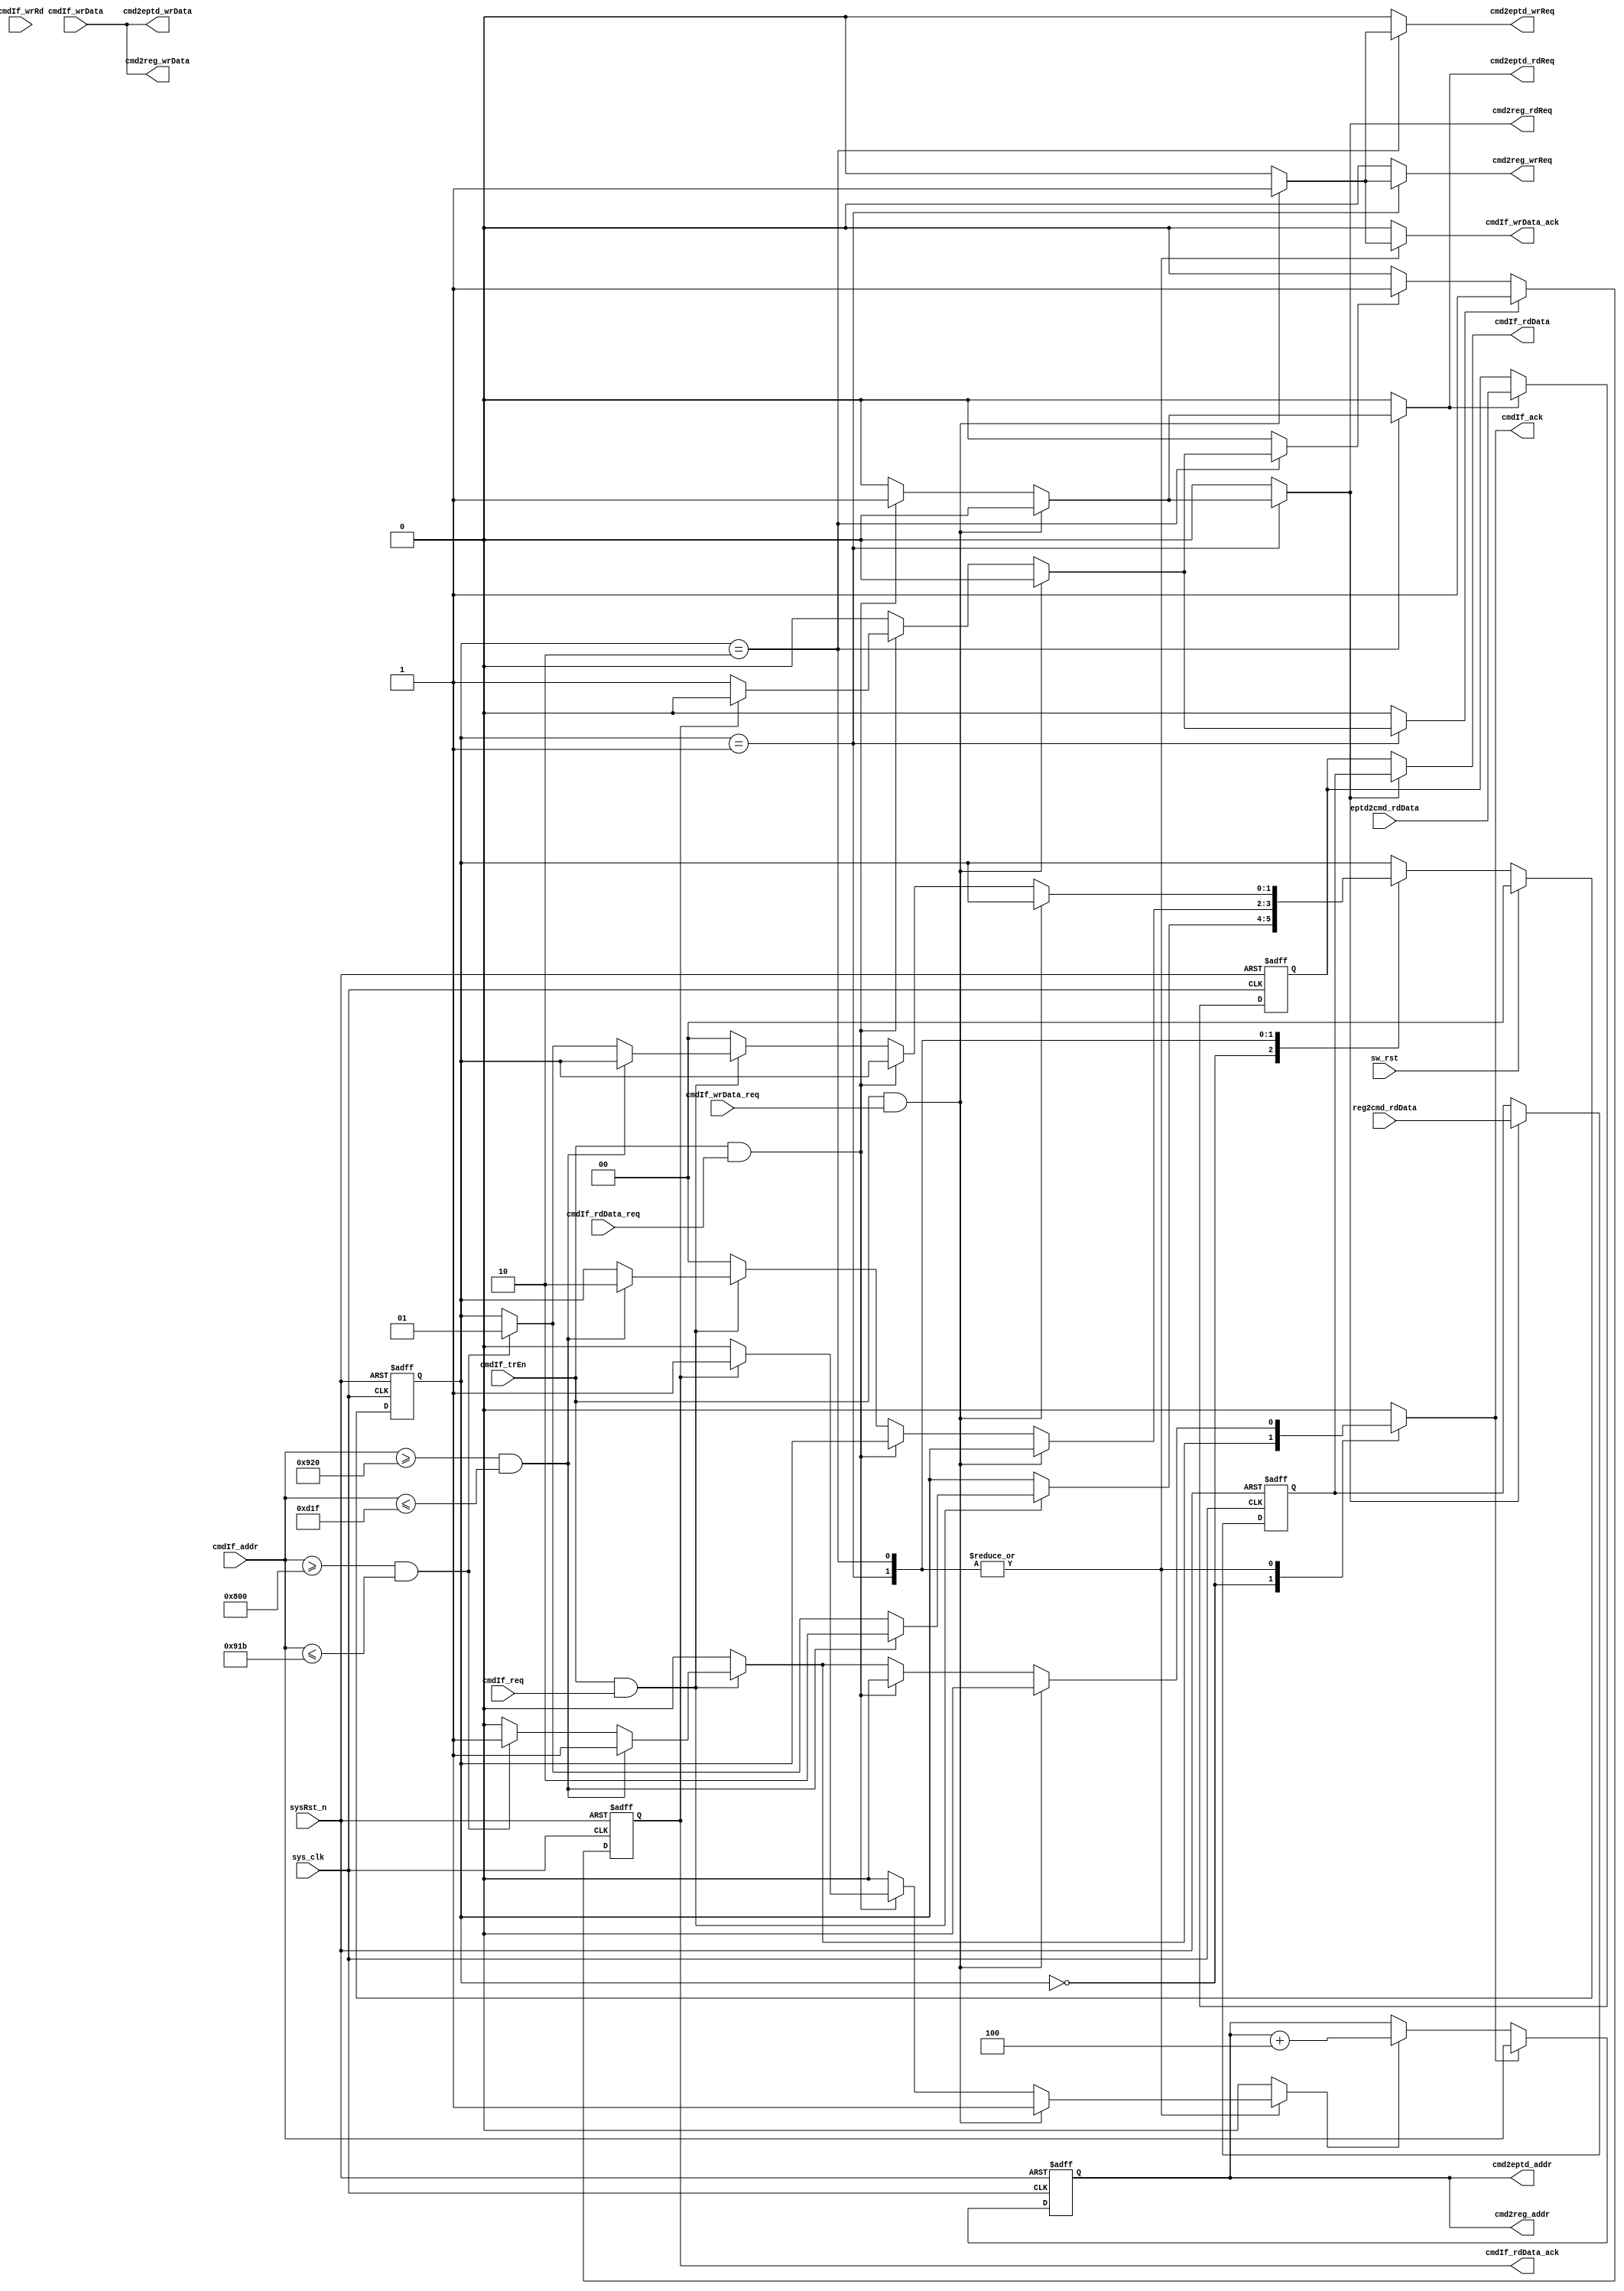
`timescale 1ns / 1ps
//-------------------------------------------------------------------
// Copyright  2013 TECHVULCAN, Inc. All rights reserved.   
// TechVulcan Confidential and Proprietary
// Not to be used, copied reproduced in whole or in part, nor   
// its contents   
// revealed in any manner to others without the express written   
// permission of TechVulcan    
// Licensed Material.   
// Program Property of TECHVULCAN Incorporated.
// ------------------------------------------------------------------
// AUTHOR EMAIL   : darshan.naik@techvulcan.com
// Version        : 0.2      
//-------------------------------------------------------------------


// VERSION        : 0.2 
//                   state machine added  
// VERSION        : 0.1 
//                   intial release

/* TODO

*/

//-------------------------------------------------------------------
//-------------------------------------------------------------------

module uctl_cmdIfReg #(
           parameter START_EPT_HADDR   =32'h00_0920,
           parameter END_EPT_HADDR     =32'h00_0D1F,
           parameter START_REG_HADDR1  =32'h00_0800,  
           parameter END_REG_HADDR1    =32'h00_091B   
            
)(
   
   input  wire                       sys_clk          ,
   input  wire                       sysRst_n         ,
   input  wire                       sw_rst           ,
 
   //----------------------------------------------
   // cmd interface
   //----------------------------------------------
   
   input  wire                       cmdIf_trEn       ,
   input  wire                       cmdIf_req        ,
   input  wire [31               :0] cmdIf_addr       ,
   input  wire                       cmdIf_wrRd       ,
   output reg                        cmdIf_ack        ,

   input  wire                       cmdIf_wrData_req ,
   input  wire [31               :0] cmdIf_wrData     ,
   output reg                        cmdIf_wrData_ack ,

   input  wire                       cmdIf_rdData_req ,
   output wire                       cmdIf_rdData_ack ,
   output wire [31               :0] cmdIf_rdData     ,

   

   //----------------------------------------------
   // register interface
   //----------------------------------------------
  
   input  wire [31               :0] reg2cmd_rdData   ,
   output reg                        cmd2reg_wrReq    ,
   output reg                        cmd2reg_rdReq    ,        
   output wire [31               :0] cmd2reg_wrData   ,
   output wire [31               :0] cmd2reg_addr     ,
   
   //----------------------------------------------
   // endpoin data interface
   //----------------------------------------------
  
   input  wire [31               :0] eptd2cmd_rdData  ,
   output reg                        cmd2eptd_wrReq   ,
   output reg                        cmd2eptd_rdReq   ,        
   output wire [31               :0] cmd2eptd_wrData  ,
   output wire [31               :0] cmd2eptd_addr
   
   );                          
   
   localparam  BYTE     =3'b000,
               HWORD    =3'b001,
               WORD     =3'b010;

   localparam  IDLE     =2'b00 ,
               REG_CTRL =2'b01 ,
               EPTD_CTRL=2'b10 ;   
   
   reg [31                 :0] data_eptd_r   ;  
   reg [31                 :0] data_regBk_r  ;
   reg [31                 :0] addr_r        ;
   reg [1                  :0] cur_state     ;
   reg [1                  :0] next_state    ;   
   reg                         addr_ld       ;
   reg                         addr_incr     ;    
   reg                         rd_fr_reg     ;  
   reg                         eptd_data_ld  ;
   reg                         regBk_data_ld ;
   reg                         regBk_ack     ;
   reg                         eptd_ack      ;
   reg                         rdData_ack    ;    
 

   always @(posedge sys_clk or negedge sysRst_n) begin
      if(!sysRst_n) begin
         addr_r <= {32{1'b0}};
      end
      else begin
         if(addr_ld) begin
            addr_r <= cmdIf_addr;
         end
         else if(addr_incr) begin
            addr_r <= addr_r+ 3'b100;
         end
      end
   end

   
   always @(posedge sys_clk or negedge sysRst_n) begin
      if(!sysRst_n) begin
         data_eptd_r <= {32{1'b0}};
      end
      else begin
         if(eptd_data_ld) begin
            data_eptd_r <= eptd2cmd_rdData;
         end
      end
   end

   always @(posedge sys_clk or negedge sysRst_n) begin
      if(!sysRst_n) begin
         data_regBk_r <= {32{1'b0}};
      end
      else begin
         if(regBk_data_ld) begin
            data_regBk_r <= reg2cmd_rdData;
         end
      end
   end

   always @(posedge sys_clk or negedge sysRst_n) begin
      if(!sysRst_n) begin
         rdData_ack <= 1'b0;
      end
      else begin
         if(regBk_ack) begin
            rdData_ack <= 1'b1;
         end
         else if (eptd_ack) begin
            rdData_ack <= 1'b1;
         end
         else begin
            rdData_ack <= 1'b0;
         end
      end
   end
   
   assign cmd2eptd_addr    = addr_r       ;
   assign cmd2reg_addr     = addr_r       ;

   // write operation
   assign cmd2reg_wrData   = cmdIf_wrData ;  
   
   assign cmd2eptd_wrData  = cmdIf_wrData ;
   
   //read operation   
   
   assign cmdIf_rdData     = rd_fr_reg ?   data_regBk_r :   data_eptd_r ;
   
   assign cmdIf_rdData_ack = rdData_ack;
   
   
   always @(posedge sys_clk or negedge sysRst_n) begin   
      if(!sysRst_n) begin   
         cur_state <= IDLE;
      end
      else if(sw_rst) begin
         cur_state <= IDLE;   
      end
      else begin
         cur_state <= next_state;
      end
   end 

   always @ (*) begin
      next_state        = cur_state;
      cmdIf_ack         = 1'b0;
      addr_ld           = 1'b0;
      addr_incr         = 1'b0;
      rd_fr_reg         = 1'b0;
      cmd2reg_rdReq     = 1'b0;
      cmdIf_wrData_ack  = 1'b0;
      cmd2reg_wrReq     = 1'b0;
      cmd2eptd_rdReq    = 1'b0;
      cmd2eptd_wrReq    = 1'b0;
      eptd_data_ld      = 1'b0;
      regBk_data_ld     = 1'b0;
      regBk_ack         = 1'b0; 
      eptd_ack          = 1'b0;
      case(cur_state)
         IDLE : begin
            if(cmdIf_trEn && cmdIf_req) begin
               if ((cmdIf_addr >= START_EPT_HADDR) && (cmdIf_addr <=END_EPT_HADDR)) begin
                  cmdIf_ack   = 1'b1;
                  addr_ld     = 1'b1;  
                  next_state  = EPTD_CTRL;   
               end
               else if ((cmdIf_addr >= START_REG_HADDR1) && (cmdIf_addr <=END_REG_HADDR1)) begin
                  cmdIf_ack   = 1'b1;
                  addr_ld     = 1'b1;                    
                  next_state  = REG_CTRL;
               end
            end
         end
         
         REG_CTRL : begin
            if(cmdIf_trEn && cmdIf_wrData_req) begin
               addr_incr         = 1'b1;
               cmdIf_wrData_ack  = 1'b1;
               cmd2reg_wrReq     = 1'b1;
            end
            else if (cmdIf_trEn && cmdIf_rdData_req) begin
               rd_fr_reg         = 1'b1;
               regBk_data_ld     = 1'b1;
               regBk_ack         = 1'b1;
               cmd2reg_rdReq     = 1'b1;
               if(rdData_ack) begin
                  addr_incr         = 1'b1;
                  regBk_ack         = 1'b0;
               end
            end
            else if(cmdIf_trEn && cmdIf_req) begin
               if ((cmdIf_addr >= START_EPT_HADDR) && (cmdIf_addr <=END_EPT_HADDR)) begin
                  cmdIf_ack   = 1'b1;
                  addr_ld     = 1'b1;                  
                  next_state  = EPTD_CTRL;   
               end
               else if ((cmdIf_addr >= START_REG_HADDR1) && (cmdIf_addr <=END_REG_HADDR1)) begin
                  cmdIf_ack   = 1'b1;
                  addr_ld     = 1'b1;                 
               end
            end
            else begin
               next_state  =IDLE;   
            end
         end

         EPTD_CTRL : begin
            if(cmdIf_trEn && cmdIf_wrData_req) begin
               addr_incr         = 1'b1;
               cmdIf_wrData_ack  = 1'b1;
               cmd2eptd_wrReq    = 1'b1;
            end
            else if (cmdIf_trEn && cmdIf_rdData_req) begin
               eptd_data_ld      = 1'b1;
               eptd_ack          = 1'b1;
               cmd2eptd_rdReq    = 1'b1;
               if(rdData_ack) begin
                  addr_incr         = 1'b1;
                  eptd_ack          = 1'b0;
               end
            end
            else if(cmdIf_trEn && cmdIf_req) begin
               if ((cmdIf_addr >= START_EPT_HADDR) && (cmdIf_addr <=END_EPT_HADDR)) begin
                  cmdIf_ack   = 1'b1;
                  addr_ld     = 1'b1;                     
               end
               else if ((cmdIf_addr >= START_REG_HADDR1) && (cmdIf_addr <=END_REG_HADDR1)) begin
                  cmdIf_ack   = 1'b1;
                  addr_ld     = 1'b1;   
                  next_state  = REG_CTRL;               
               end
            end
            else begin
               next_state  =IDLE;   
            end
         end

         default :  next_state        = cur_state;
      
      endcase
   end
        
endmodule